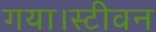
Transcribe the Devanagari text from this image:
गया।स्टीवन